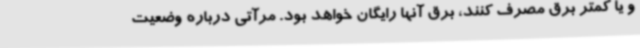
و یا کمتر برق مصرف کنند، برق آنها رایگان خواهد بود. مرآتی درباره وضعیت